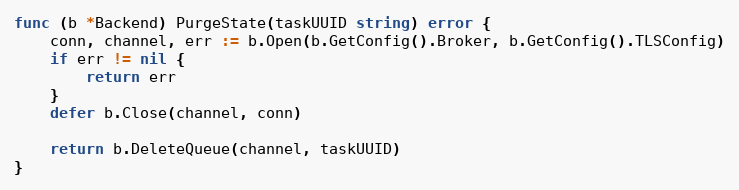
Language: Go
func (b *Backend) PurgeState(taskUUID string) error {
	conn, channel, err := b.Open(b.GetConfig().Broker, b.GetConfig().TLSConfig)
	if err != nil {
		return err
	}
	defer b.Close(channel, conn)

	return b.DeleteQueue(channel, taskUUID)
}